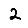
Digit: 2